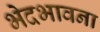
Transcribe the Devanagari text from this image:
भेदभावना